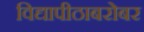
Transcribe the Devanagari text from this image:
विद्यापीठाबरोबर